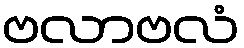
ဗလာဗလံ